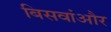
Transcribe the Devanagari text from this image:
बिसवांऔर